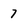
Character: 7